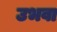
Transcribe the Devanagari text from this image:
उभवा